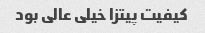
کیفیت پیتزا خیلی عالی بود